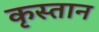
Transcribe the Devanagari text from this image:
कृस्तान